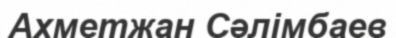
Ахметжан Сәлімбаев